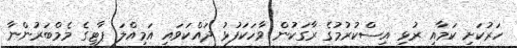
ހަރުކަށި ކަމާއި ރުޅި އިސްކުރުމުގެ ރާގަކުން ވާހަކަފުޅު ދައްކަވައި އަމިއްލަ ޕާޓީގެ މެމްބަރުންނާ